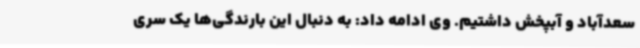
سعدآباد و آبپخش داشتیم. وی ادامه داد: به دنبال این بارندگی‌ها یک سری